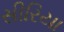
સીરિયા